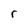
Character: r